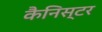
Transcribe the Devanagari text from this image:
कैनिस्टर